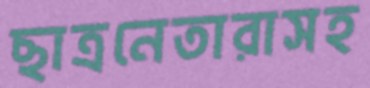
ছাত্রনেতারাসহ